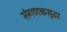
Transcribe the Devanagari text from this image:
संगणकसुद्धा